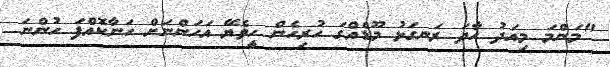
"މަންމަ މިއަދު ހާދަ ރަނގަޅު މޫޑެއްގަ ހުރިހެން ހީވެޔޭ އަހަންނަށް ހަނާކޮއްފަ ހުންނަ